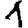
Digit: 1